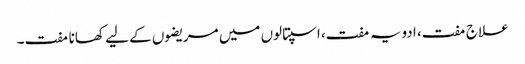
علاج مفت، ادویہ مفت، اسپتالوں میں مریضوں کے لیے کھانا مفت۔